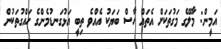
އަމީން: މާލޭގެ މަގުތަކަށް އެތައް ހާސް ބަޔަކު އެއްވެ ތިބީ އަޅުގަނޑުމެންގެ ހައްގުތަކުން